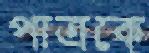
পাত্রকে